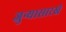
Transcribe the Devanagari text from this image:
जुन्यासारखे